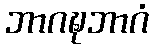
ဘာဂဍ္ဎဘာဂံ